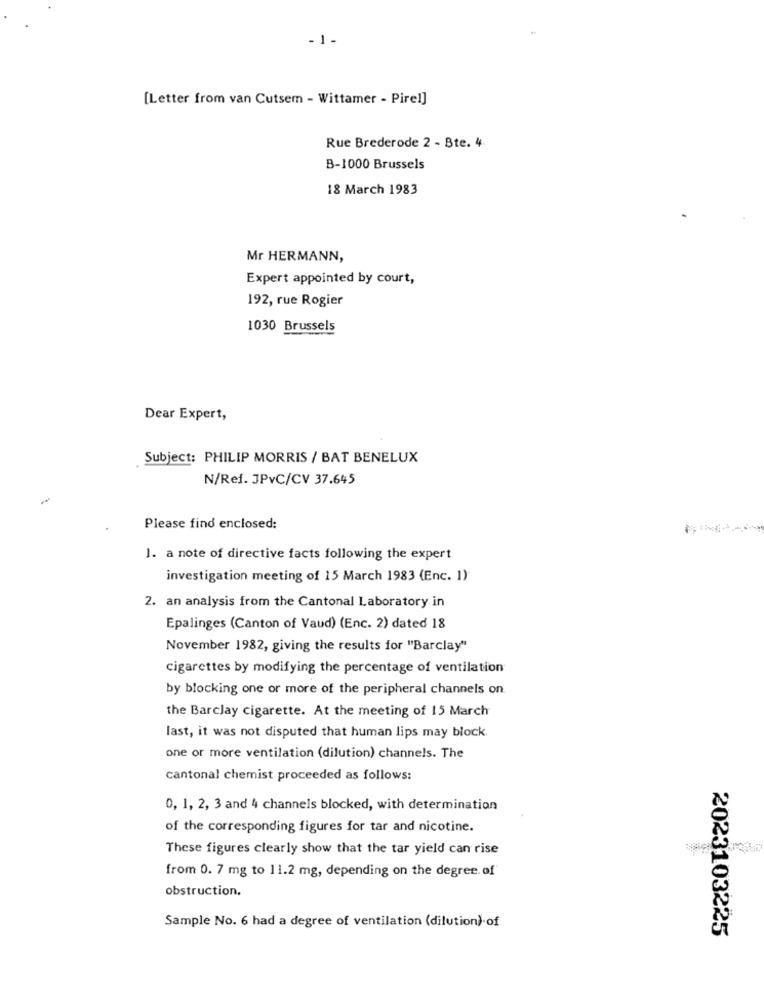
-1-
[Letter from van Cutsem - Wittamer - Pirel]
Rue Brederode 2 - Bte. 4
B-1000 Brussels
18 March 1983
Mr HERMANN,
Expert appointed by court,
192, rue Rogier
1030 Brussels
Dear Expert,
Subject: PHILIP MORRIS / BAT BENELUX
N/Ref. JPvC/CV 37.645
Please find enclosed:
J. a note of directive facts following the expert
investigation meeting of 15 March 1983 (Enc. 1)
2. an analysis from the Cantonal Laboratory in
Epalinges (Canton of Vaud) (Enc. 2) dated 18
November 1982, giving the results for "Barclay"
cigarettes by modifying the percentage of ventilation
by blocking one or more of the peripheral channels on
the Barclay cigarette. At the meeting of 15 March
last, it was not disputed that human lips may block.
one or more ventilation (dilution) channels. The
cantonal chemist proceeded as follows:
0, 1, 2, 3 and 4 channels blocked, with determination
of the corresponding figures for tar and nicotine.
These figures clearly show that the tar yield can rise
from 0. 7 mg to 11.2 mg, depending on the degree. of
obstruction.
Sample No. 6 had a degree of ventilation (dilution) of
2023103225